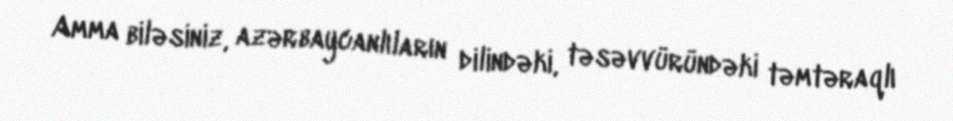
Amma biləsiniz, azərbaycanlıların dilindəki, təsəvvüründəki təmtəraqlı